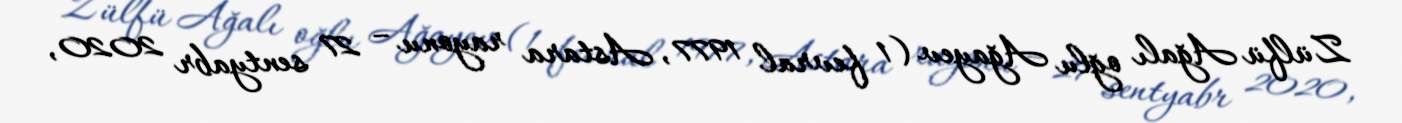
Zülfü Ağalı oğlu Ağayev (1 fevral 1977, Astara rayonu – 27 sentyabr 2020,